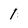
Character: 1